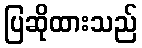
ပြဆိုထားသည်